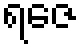
ရဇေ